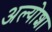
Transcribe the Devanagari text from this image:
अल्योशा